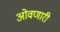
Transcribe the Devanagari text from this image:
ओवणारी